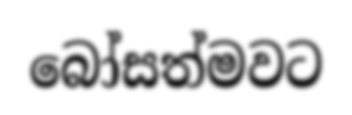
බෝසත්මවට